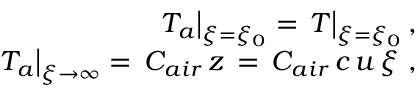
\begin{array} { r } { T _ { a } \big \vert _ { \xi = \xi _ { 0 } } = \, T \big \vert _ { \xi = \xi _ { 0 } } \, , \ } \\ { T _ { a } \big \vert _ { \xi \to \infty } = \, C _ { a i r } \, z \, = \, C _ { a i r } \, { c \, u \, \xi } \, \, , \ } \end{array}